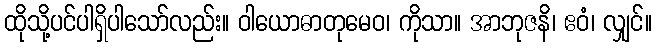
ထိုသို့ပင်ပါရှိပါသော်လည်း။ ဝါယောဓာတုမေဝ၊ ကိုသာ။ အာဘုဇနိ၊ ဧဝံ၊ လျှင်။